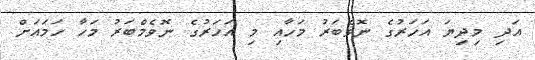
އަދި މިދިޔަ އަހަރުގެ ނޮވެބަރު މަހާއި މި އަހަރުގެ ނޮވެމްބަރު މަހާ ހަމައަށް